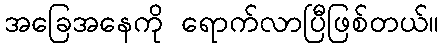
အခြေအနေကို ရောက်လာပြီဖြစ်တယ်။